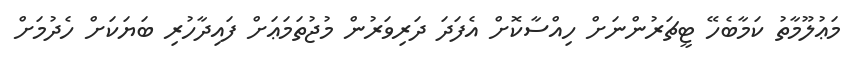
މަޢުލޫމާތު ކަމާބެހޭ ޓީޗަރުންނަށް ހިއްސާކޮށް އެފަދަ ދަރިވަރުން މުޖުތަމަޢަށް ފައިދާހުރި ބަޔަކަށް ހެދުމަށް